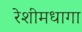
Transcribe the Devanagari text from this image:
रेशीमधागा